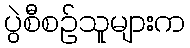
ပွဲစီစဉ်သူများက